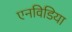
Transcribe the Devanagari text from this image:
एनविडिया